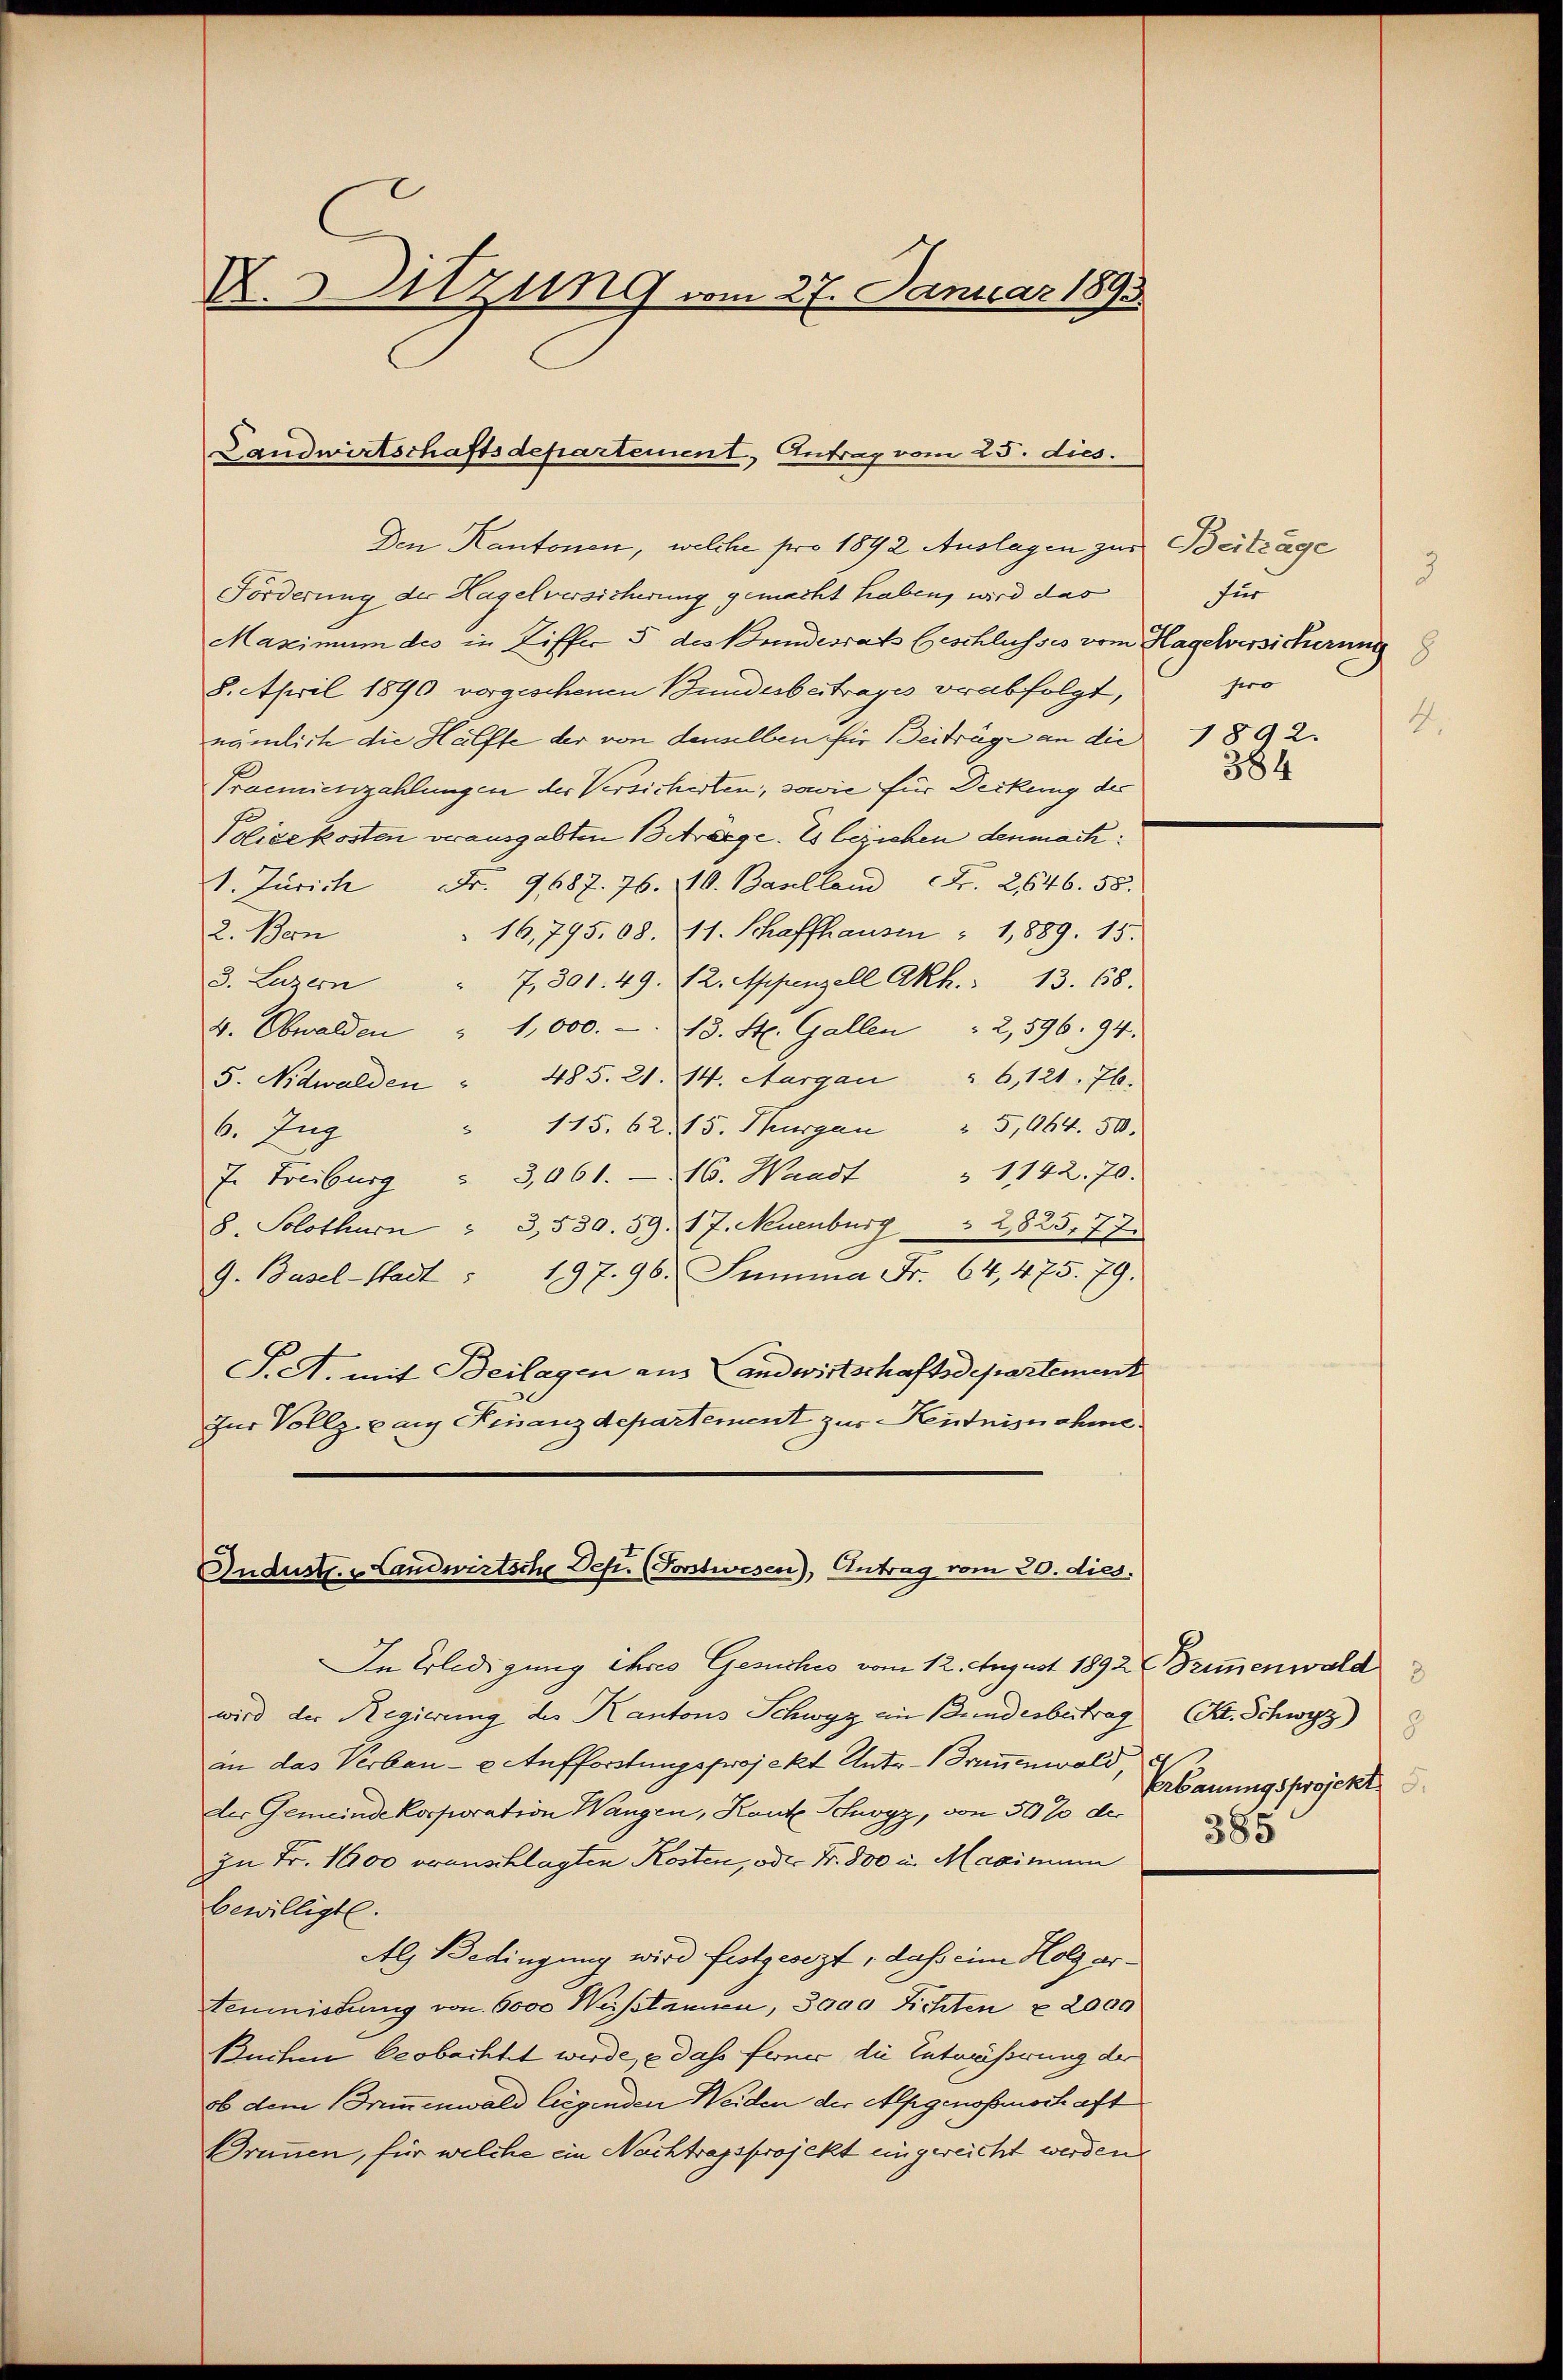
X. Sitzung vom 27. Januar 189.

Landwirtschaftsdepartement, Antrag vom 25. dies.

Den Kantonen, welche pro 1892 Auslagen zur Beitrage
Forderung der Hagelversicherung gemacht haben, wird das
Maximum des in Ziffer 5 des Bundesrats Geschlusses vom Hagelversicherung
8. April 1890 vorgeschenen Bundesbeitrages verabfolgt,
nämlich die Hälfte der von denselben für Beiträge an die 1892.
Proeniesszahlungen der Versicherten, sowie für Deckung des
Polize kosten verausgabten Beträge. Es beziehen denmach:
1. Jurich Fr. 9687. 76. 10. Basellen Fr. 2646. 58.
16,795. 68. 11. Schaffhausen : 1,889. 15.
2. Bern
" 7, 301. 49. 12. Appenzell Akh.: 13. 68.
3. Luzern
4. Obwalden " 1,000.-. 13. St. Gallen " 2,596. 94.
5. Nidwalden " 485. 21. 14. Aargau § 6, 121. 76.
 115. 62. 15. Thurgau " 5,064. 50.
6. Ing
J. Freiburg " 3,061. 16. Waadt " 1142. 70.
8. Solothurn " 3,530. 59. 17. Neuenburg  2825,77.
9. Basel-Stadt: 197. 96. Summa Fr. 64, 475. 79.
S.A. mit Beilagen aus Landwirtschaftsdepartement
Zur Vollz par Finanzdepartement zur Kentnisnahme

Industr. v. Landwirtsche Dep. (Porstwesen), Antrag vom 20. dies.

In Erledigung ihres Gesuches vom 12. August 1892 (Brimmenwald
wird der Regierung des Kantons Schwyz in Bundesbetrag
an das Verbau- u. Aufforstungsprojekt Unter-Brunnenwald,
der Gemeinde Korporation Wangen, Kant Schwyz, von 50 % der
zu Fr. 1000 oranschlagten Kosten, oder Fr. 800 u. Maximum
bewilligte.
Als Bedingung wird festgesezt, daß eine Holz ertenmeistung von 6000 Weisstaunen, 3000 Fichten § 2000
Buchen beobachtet wurde, e dass ferner die Entwässerung der
ob dem Brimmenwald liegenden Weiden der Alpgenoßenschaft
Brunnen, für welche ein Nachtragsprojekt eingereicht werden.

3
für
sero
4
384

C. Schwyz)
Erbauungsprojekt
385